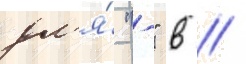
дл'я́ "-" в //